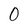
Character: 0